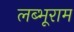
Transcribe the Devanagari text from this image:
लब्भूराम